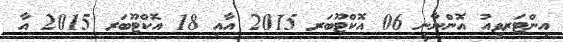
އިންޓަރވިއު އޮންނާނީ 06 އޮކްޓޫބަރ 2015 އާއި 18 އޮކްޓޫބަރ 2015 އާ